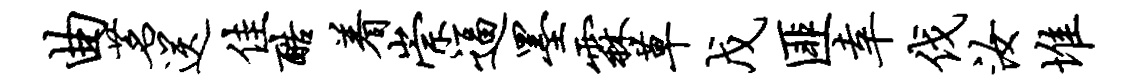
曲茗送佳酷着崇逼墨霖草戊匪幸伐汝堆